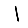
Digit: 1